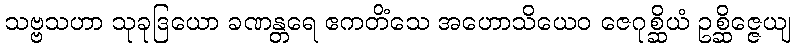
သဗ္ဗသဟာ သုခုဒြယော ခဏန္တရေ ဧကတိံသေ အဟောသိယေဝ ဇေဂုစ္ဆိယံ ဥစ္ဆိဇ္ဇေယျ